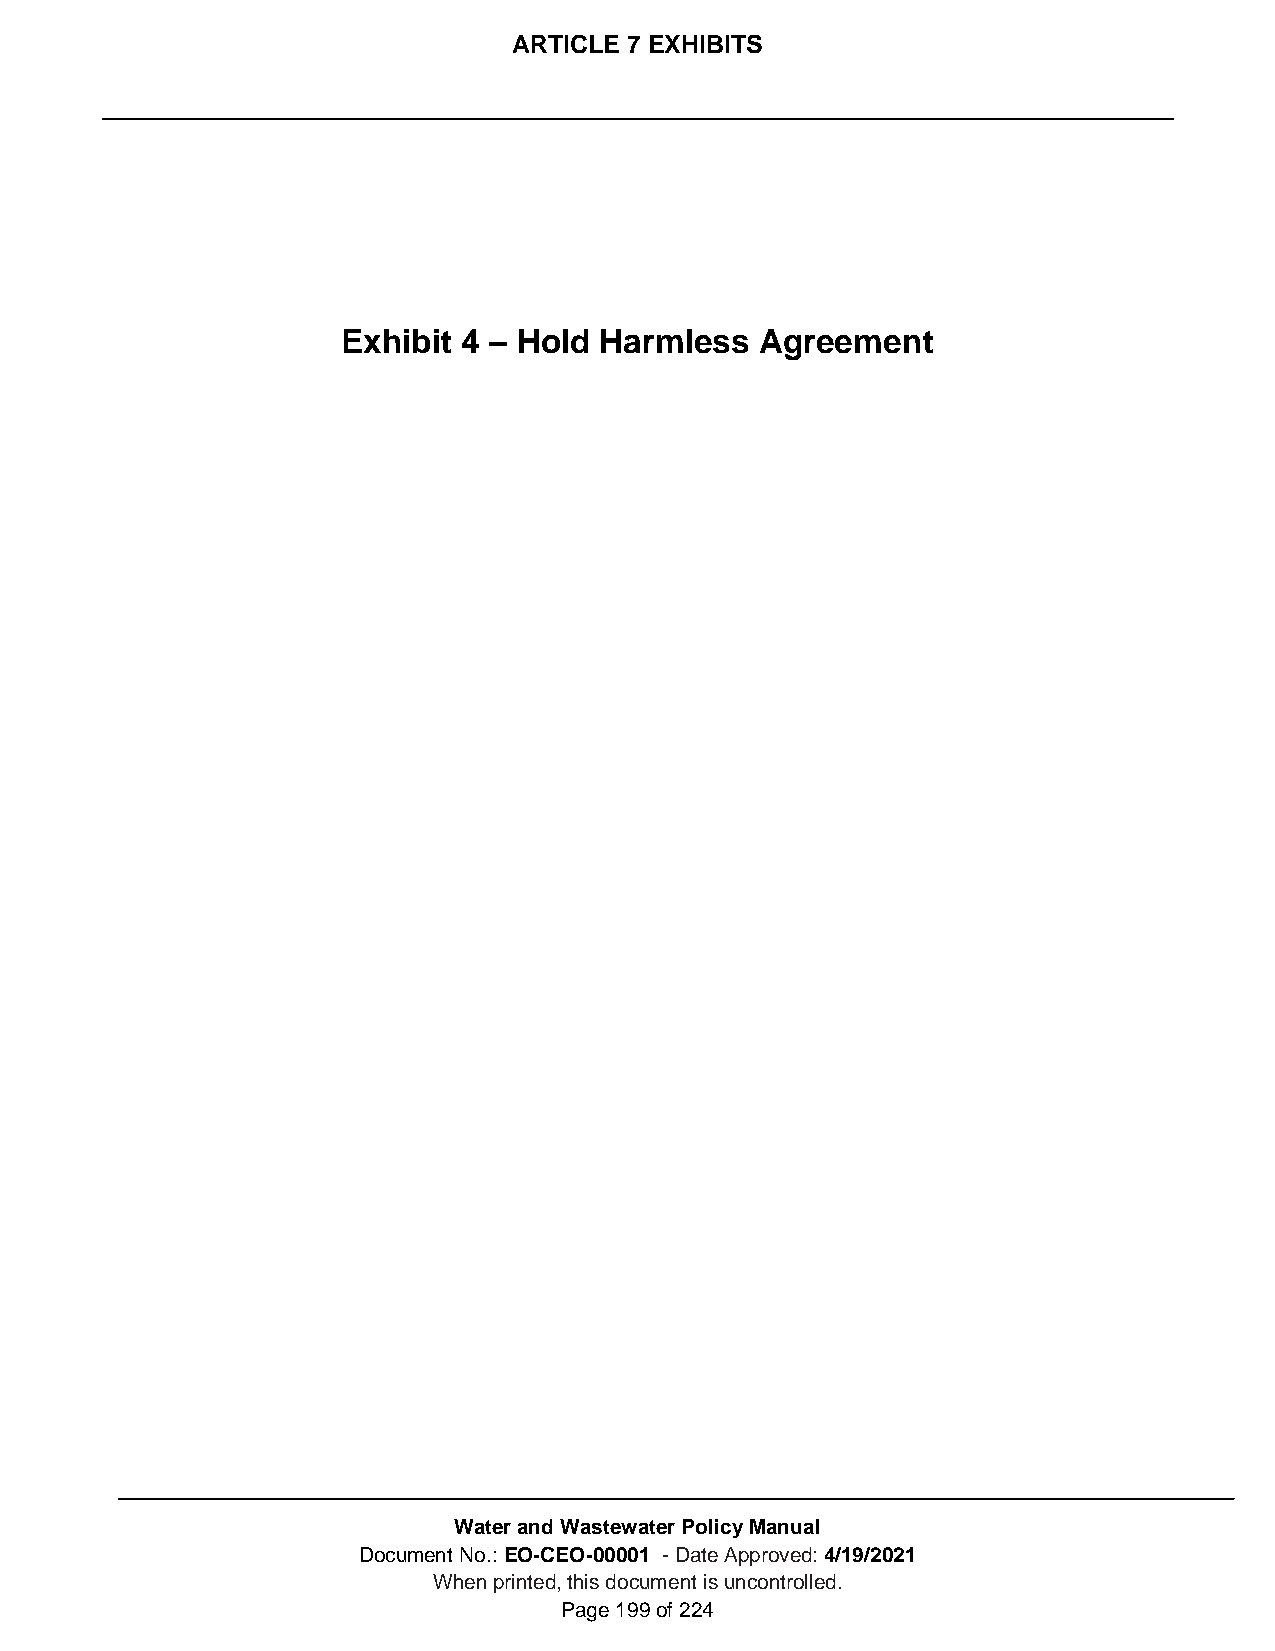
ARTICLE 7 EXHIBITS
 Exhibit 4 – Hold Harmless  Agreement
 Water and Wastewater Policy Manual
 Document No.: EO-CEO-00001 - Date Approved: 4/19/2021
 When printed, this document is uncontrolled.
 Page 199 of 224